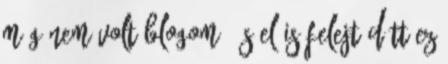
még nem volt blogom, és el is felejtődött ez